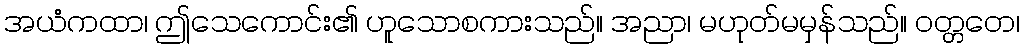
အယံကထာ၊ ဤသေကောင်း၏ ဟူသောစကားသည်။ အညာ၊ မဟုတ်မမှန်သည်။ ဝတ္တတေ၊